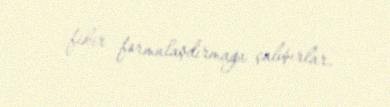
fikir formalaşdırmağa çalışırlar.